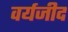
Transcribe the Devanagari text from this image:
वर्यजीद